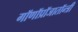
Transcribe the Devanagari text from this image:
गॉणॉप्रॉजातॉन्त्री